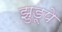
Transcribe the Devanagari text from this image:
झुडूपे